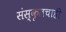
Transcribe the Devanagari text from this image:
संस्कृतचाही